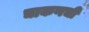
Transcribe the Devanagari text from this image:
चाकणची